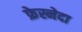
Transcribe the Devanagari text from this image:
फ्रेस्नेदा